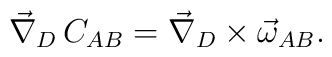
\vec \nabla_D \,C_{AB}=\vec \nabla_D \times \vec \omega_{AB} .